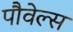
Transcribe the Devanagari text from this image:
पौवेल्स